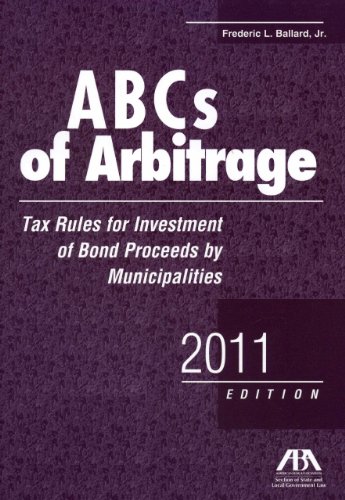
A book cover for ABCs of Arbitrage: Tax Rules for Investment of Bond Proceeds by Municipalities; Frederic L. Ballard; Law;